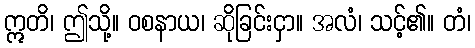
ဣတိ၊ ဤသို့။ ဝစနာယ၊ ဆိုခြင်းငှာ။ အလံ၊ သင့်၏။ တံ၊